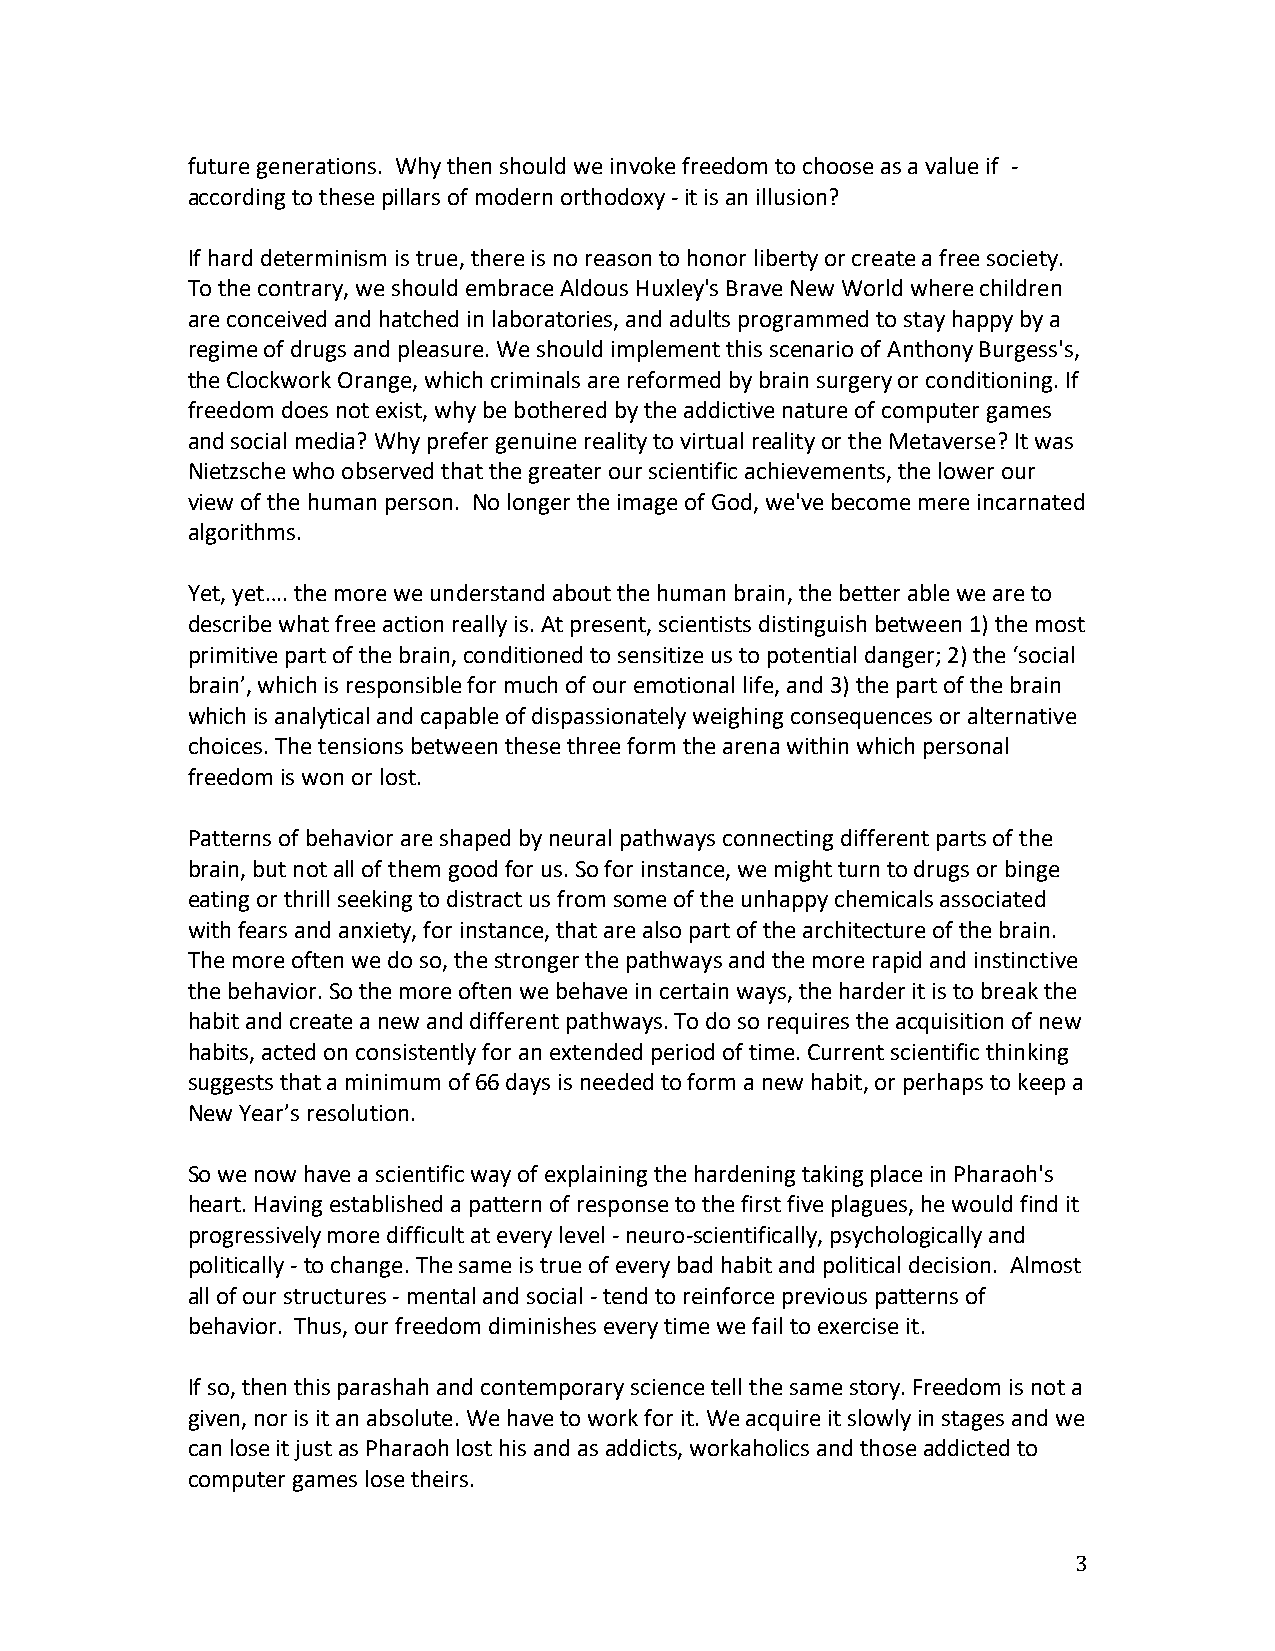
future generations. Why then should we invoke freedom to choose as a value if -
 according to these pillars of modern orthodoxy - it is an illusion?
 If hard determinism is true, there is no reason to honor liberty or create a free society.
 To the contrary, we should embrace Aldous Huxley's Brave New World where children
 are conceived and hatched in laboratories, and adults programmed to stay happy by a
 regime of drugs and pleasure. We should implement this scenario of Anthony Burgess's,
 the Clockwork Orange, which criminals are reformed by brain surgery or conditioning. If
 freedom does not exist, why be bothered by the addictive nature of computer games
 and social media? Why prefer genuine reality to virtual reality or the Metaverse? It was
 Nietzsche who observed that the greater our scientific achievements, the lower our
 view of the human person. No longer the image of God, we've become mere incarnated
 algorithms.
 Yet, yet…. the more we understand about the human brain, the better able we are to
 describe what free action really is. At present, scientists distinguish between 1) the most
 primitive part of the brain, conditioned to sensitize us to potential danger; 2) the ‘social
 brain’, which is responsible for much of our emotional life, and 3) the part of the brain
 which is analytical and capable of dispassionately weighing consequences or alternative
 choices. The tensions between these three form the arena within which personal
 freedom is won or lost.
 Patterns of behavior are shaped by neural pathways connecting different parts of the
 brain, but not all of them good for us. So for instance, we might turn to drugs or binge
 eating or thrill seeking to distract us from some of the unhappy chemicals associated
 with fears and anxiety, for instance, that are also part of the architecture of the brain.
 The more often we do so, the stronger the pathways and the more rapid and instinctive
 the behavior. So the more often we behave in certain ways, the harder it is to break the
 habit and create a new and different pathways. To do so requires the acquisition of new
 habits, acted on consistently for an extended period of time. Current scientific thinking
 suggests that a minimum of 66 days is needed to form a new habit, or perhaps to keep a
 New Year’s resolution.
 So we now have a scientific way of explaining the hardening taking place in Pharaoh's
 heart. Having established a pattern of response to the first five plagues, he would find it
 progressively more difficult at every level - neuro-scientifically, psychologically and
 politically - to change. The same is true of every bad habit and political decision. Almost
 all of our structures - mental and social - tend to reinforce previous patterns of
 behavior. Thus, our freedom diminishes every time we fail to exercise it.
 If so, then this parashah and contemporary science tell the same story. Freedom is not a
 given, nor is it an absolute. We have to work for it. We acquire it slowly in stages and we
 can lose it just as Pharaoh lost his and as addicts, workaholics and those addicted to
 computer games lose theirs.
 3